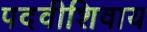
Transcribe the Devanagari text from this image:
पदवीशिवाय